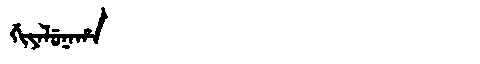
Manchu: ᡤᡳᠶᠠᠯᡠᠨᠠᡥᠠ
Romanization: GIYALUNAHA